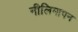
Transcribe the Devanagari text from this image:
नीलिमापन